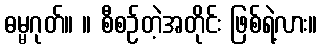
ဓမ္မဂုတ်။ ။ စီစဉ်တဲ့အတိုင်း ဖြစ်ရဲ့လား။